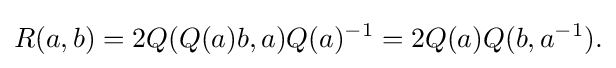
\displaystyle {R(a,b)=2Q(Q(a)b,a)Q(a)^{-1}=2Q(a)Q(b,a^{-1}).}